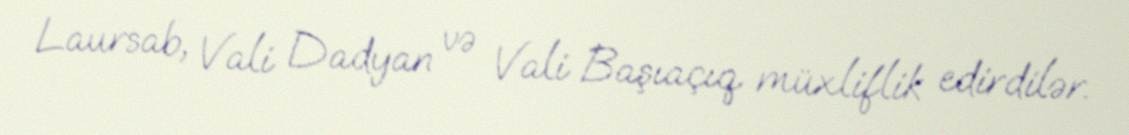
Laursab, Vali Dadyan və Vali Başıaçıq müxliflik edirdilər.